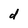
Character: d